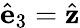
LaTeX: \hat{\mathbf{e}}_{3}=\hat{\mathbf{z}}